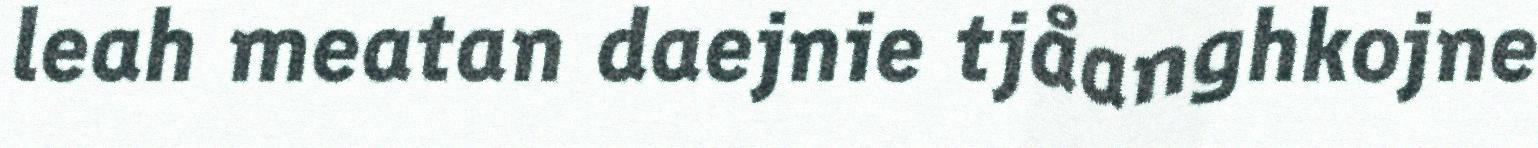
leah meatan daejnie tjåanghkojne